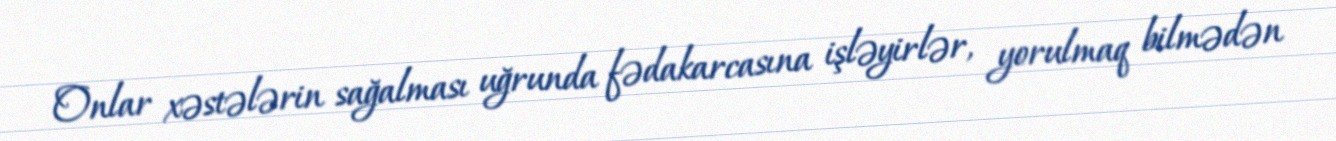
Onlar xəstələrin sağalması uğrunda fədakarcasına işləyirlər, yorulmaq bilmədən